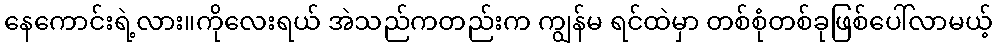
နေကောင်းရဲ့လား။ကိုလေးရယ် အဲသည်ကတည်းက ကျွန်မ ရင်ထဲမှာ တစ်စုံတစ်ခုဖြစ်ပေါ်လာမယ့်